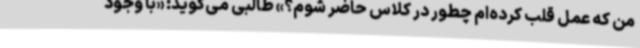
من که عمل قلب کرده‌ام چطور در کلاس حاضر شوم؟» طالبی می‌گوید: «با وجود